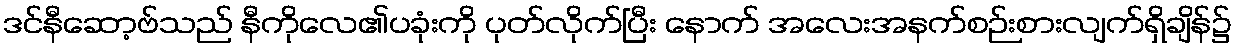
ဒင်နီဆော့ဗ်သည် နီကိုလေ၏ပခုံးကို ပုတ်လိုက်ပြီး နောက် အလေးအနက်စဉ်းစားလျက်ရှိချိန်၌